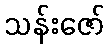
သန်းဇော်